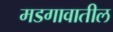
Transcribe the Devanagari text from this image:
मडगावातील